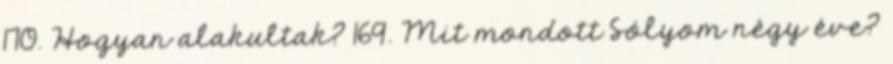
170. Hogyan alakultak? 169. Mit mondott Sólyom négy éve?